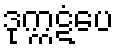
ဒုက္ကဋံပေ